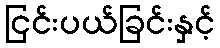
ငြင်းပယ်ခြင်းနှင့်